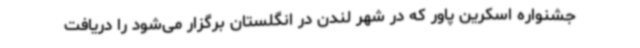
جشنواره اسکرین پاور که در شهر لندن در انگلستان برگزار می‌شود را دریافت